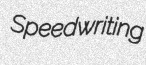
Speedwriting